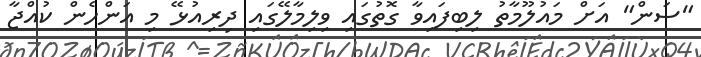
"ސަން" އަށް މައުލޫމާތު ލިބިފައިވާ ގޮތުގައި ވިލިމާލޭގައި ދިރިއުޅޭ މި އަންހެން ކުއްޖާ